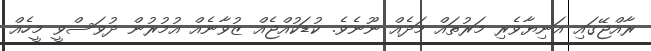
ރާއްޖޭގައި އަނިޔާވެރި މަރުތައް މަދެއް ނޫނެވެ. ކުޑަކުއްޖެއް ޒުވާނެއް އުމުރުން ދުވަސްވީ މީހެއް